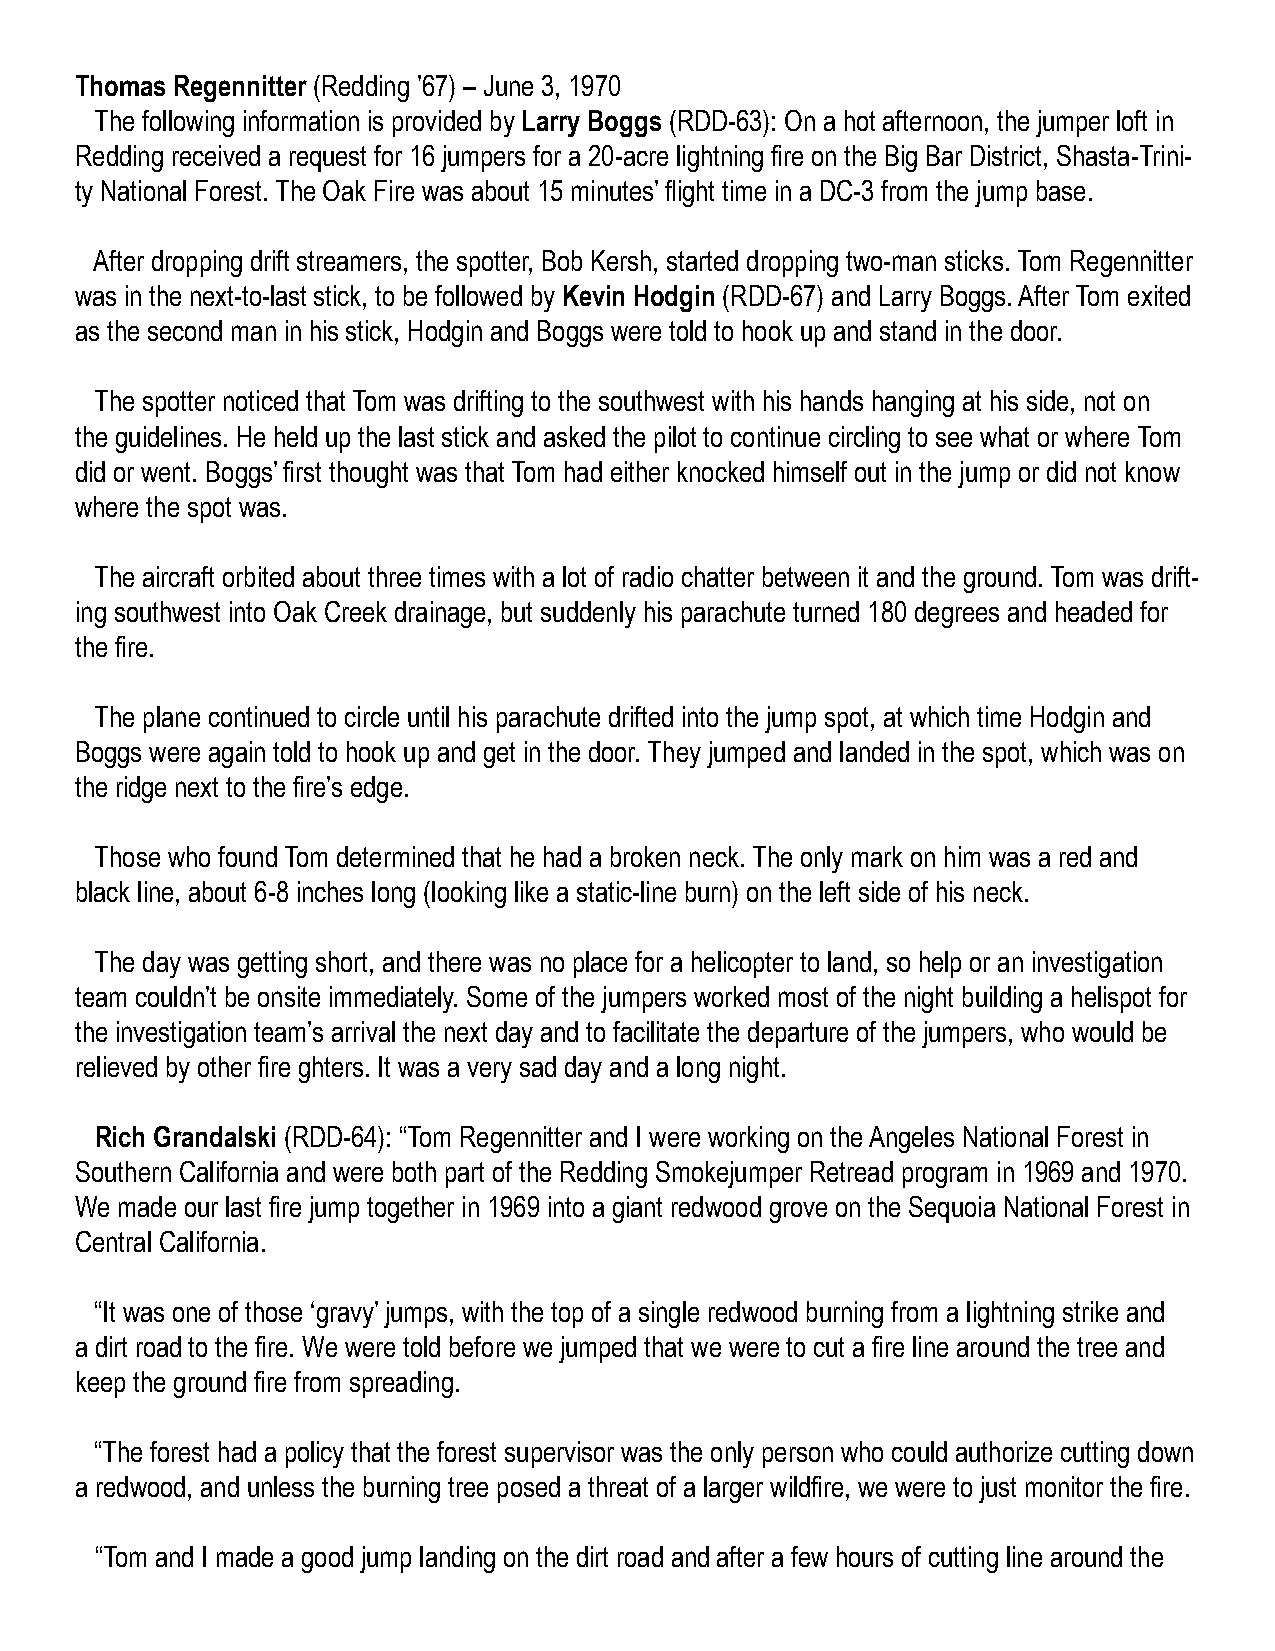
Thomas Regennitter (Redding ’67) – June 3, 1970
 The following information is provided by Larry Boggs (RDD-63): On a hot afternoon, the jumper loft in
 Redding received a request for 16 jumpers for a 20-acre lightning fire on the Big Bar District, Shasta-Trini-
 ty National Forest. The Oak Fire was about 15 minutes’ flight time in a DC-3 from the jump base.
 After dropping drift streamers, the spotter, Bob Kersh, started dropping two-man sticks. Tom Regennitter
 was in the next-to-last stick, to be followed by Kevin Hodgin (RDD-67) and Larry Boggs. After Tom exited
 as the second man in his stick, Hodgin and Boggs were told to hook up and stand in the door.
 The spotter noticed that Tom was drifting to the southwest with his hands hanging at his side, not on
 the guidelines. He held up the last stick and asked the pilot to continue circling to see what or where Tom
 did or went. Boggs’ first thought was that Tom had either knocked himself out in the jump or did not know
 where the spot was.
 The aircraft orbited about three times with a lot of radio chatter between it and the ground. Tom was drift-
 ing southwest into Oak Creek drainage, but suddenly his parachute turned 180 degrees and headed for
 the fire.
 The plane continued to circle until his parachute drifted into the jump spot, at which time Hodgin and
 Boggs were again told to hook up and get in the door. They jumped and landed in the spot, which was on
 the ridge next to the fire’s edge.
 Those who found Tom determined that he had a broken neck. The only mark on him was a red and
 black line, about 6-8 inches long (looking like a static-line burn) on the left side of his neck.
 The day was getting short, and there was no place for a helicopter to land, so help or an investigation
 team couldn’t be onsite immediately. Some of the jumpers worked most of the night building a helispot for
 the investigation team’s arrival the next day and to facilitate the departure of the jumpers, who would be
 relieved by other fire ghters. It was a very sad day and a long night.
 Rich Grandalski (RDD-64): “Tom Regennitter and I were working on the Angeles National Forest in
 Southern California and were both part of the Redding Smokejumper Retread program in 1969 and 1970.
 We made our last fire jump together in 1969 into a giant redwood grove on the Sequoia National Forest in
 Central California.
 “It was one of those ‘gravy’ jumps, with the top of a single redwood burning from a lightning strike and
 a dirt road to the fire. We were told before we jumped that we were to cut a fire line around the tree and
 keep the ground fire from spreading.
 “The forest had a policy that the forest supervisor was the only person who could authorize cutting down
 a redwood, and unless the burning tree posed a threat of a larger wildfire, we were to just monitor the fire.
 “Tom and I made a good jump landing on the dirt road and after a few hours of cutting line around the